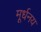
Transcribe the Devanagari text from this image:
मूर्धनय